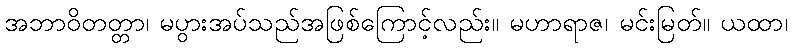
အဘာဝိတတ္တာ၊ မပွားအပ်သည်အဖြစ်ကြောင့်လည်း။ မဟာရာဇ၊ မင်းမြတ်။ ယထာ၊